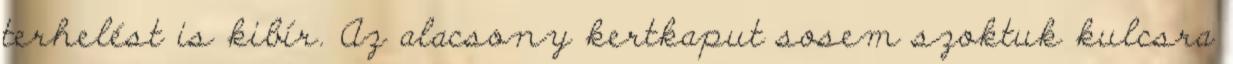
terhelést is kibír. Az alacsony kertkaput sosem szoktuk kulcsra